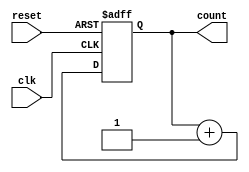
module async_counter #(parameter N = 4) (
    input wire clk,          // Clock input
    input wire reset,        // Asynchronous reset
    output reg [N-1:0] count // N-bit output count
);

// Asynchronous counter logic
always @(posedge clk or posedge reset) begin
    if (reset) begin
        count <= 0; // Reset the count to 0
    end else begin
        count <= count + 1; // Increment the count
    end
end

endmodule